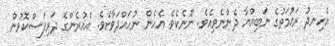
އެހިނދު ރަޙުމަތުގެ ނަބިއްޔާ ދެންނެވިއެވެ. ނޫނެކެވެ. އެހެން ނުހައްދަވާށެވެ. އެއުރެންގެ ދަރިފަސްކޮޅުން